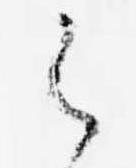
之